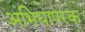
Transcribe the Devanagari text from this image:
अभिधापरक